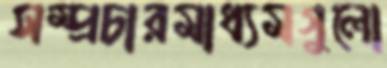
সম্প্রচারমাধ্যমগুলো